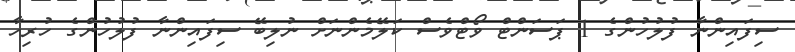
ސިފައިންނާ ފުލުހުންގެ 1 ޕަސަންޓް ވޯޓްވެސް ކަލޭމެންނަށް ނުލިބޭ ސިފައިންނާ ފުލުހުންގެ ހުރިހާ